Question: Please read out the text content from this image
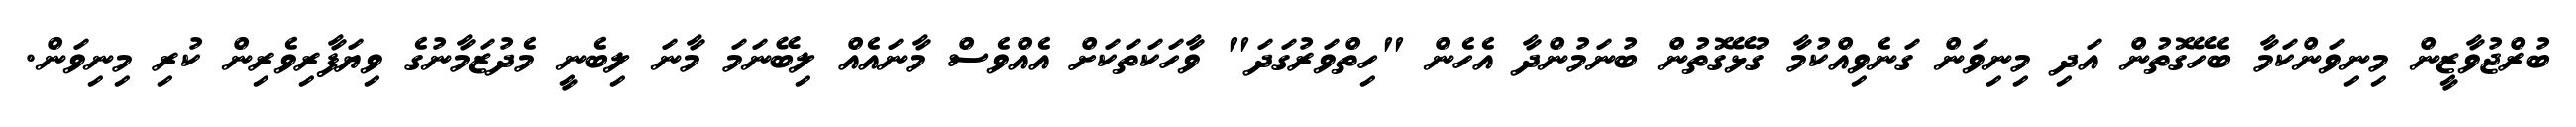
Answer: ބުރްޖުވާޒީން މިނިވަންކަމާ ބެހޭގޮތުން އަދި މިނިވަން ގަނެވިއްކުމާ ގުޅޭގޮތުން ބުނަމުންދާ އެހެން "ހިތްވަރުގަދަ" ވާހަކަތަކަށް އެއްވެސް މާނައެއް ލިބޭނަމަ މާނަ ލިބެނީ މެދުޒަމާނުގެ ވިޔަފާރިވެރިން ކުރި މިނިވަން.